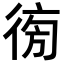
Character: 𢔚